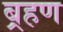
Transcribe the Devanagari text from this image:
ब़्रहण